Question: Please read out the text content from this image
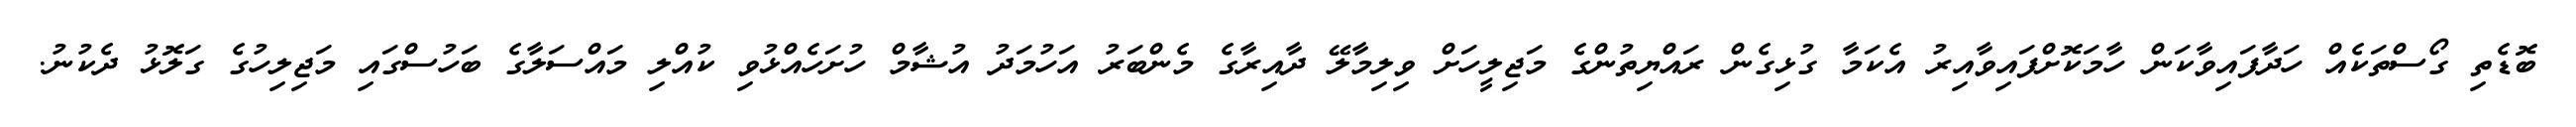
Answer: ބޮޑެތި ގޯސްތަކެއް ހަދާފައިވާކަން ހާމަކޮށްފައިވާއިރު އެކަމާ ގުޅިގެން ރައްޔިތުންގެ މަޖިލީހަށް ވިލިމާލޭ ދާއިރާގެ މެންބަރު އަހުމަދު އުޝާމް ހުށަހެއްޅުވި ކުއްލި މައްސަލާގެ ބަހުސްގައި މަޖިލިހުގެ ގަލޮޅު ދެކުނު.